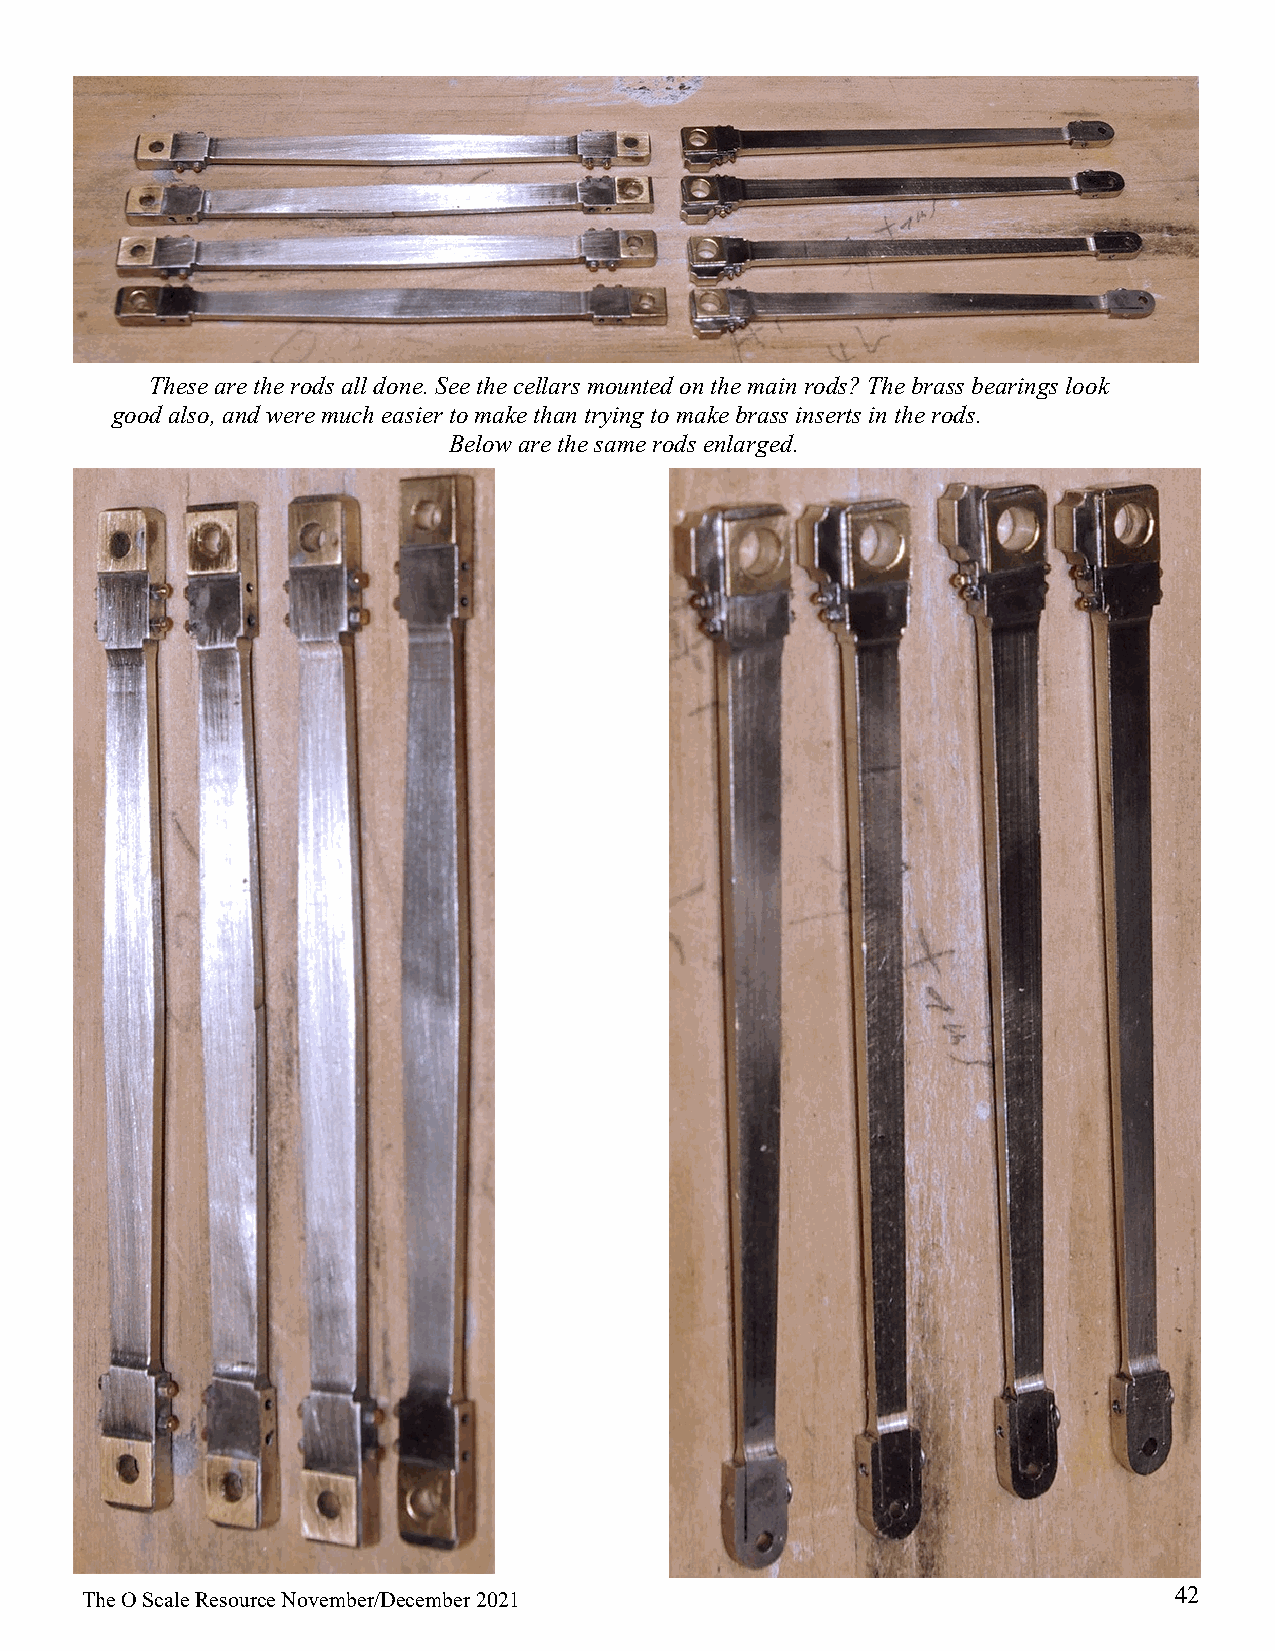
These are the rods all done. See the cellars mounted on the main rods? The brass bearings look
 good also, and were much easier to make than trying to make brass inserts in the rods.
 Below are the same rods enlarged.
 42
 The O Scale Resource November/December 2021